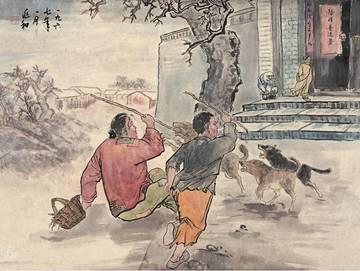
朱门酒肉臭，路有冻死骨。